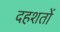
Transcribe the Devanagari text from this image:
दहशतों